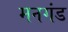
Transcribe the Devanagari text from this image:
मनगंड